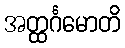
အတ္ထင်္ဂမောတိ